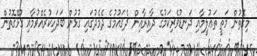
މިގޮތުން މަތީ ތަޢުލީމާއި ދަނޑުވެރިކަމުގެ ދާއިރާއިން ދެޤައުމުގެ ދެމެދުގައި ގުޅުން ބަދަހިކުރެއްވުމާއި ގުޅޭގޮތުން